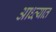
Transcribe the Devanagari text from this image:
आध्व्यात